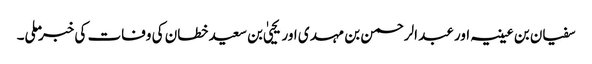
سفیان بن عیینہ اور عبد الرحمن بن مہدی اور یحییٰ بن سعید خطان کی وفات کی خبر ملی۔